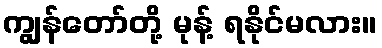
ကျွန်တော်တို့ မုန့် ရနိုင်မလား။